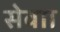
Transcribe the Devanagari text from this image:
सेवाा